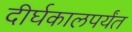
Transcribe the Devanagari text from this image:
दीर्घकालपर्यंत